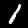
Label: 1